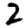
Digit: 2